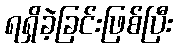
ရရှိခဲ့ခြင်းဖြစ်ပြီး